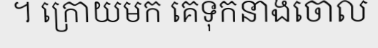
។ ក្រោយមក គេទុកនាងចោល